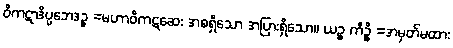
ဝိကဋာဒိပ္ပဘေဒဉ္စ =မဟာဝိကဋဆေး အစရှိသော အပြားရှိသော။ ယဉ္စ ကိဉ္စိ =အမှတ်မထား